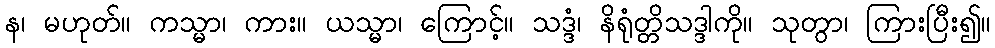
န၊ မဟုတ်။ ကသ္မာ၊ ကား။ ယသ္မာ၊ ကြောင့်။ သဒ္ဒံ၊ နိရုံတ္တိသဒ္ဒါကို။ သုတွာ၊ ကြားပြီး၍။